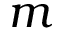
m